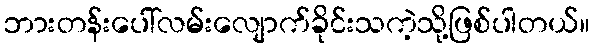
ဘားတန်းပေါ်လမ်းလျောက်ခိုင်းသကဲ့သို့ဖြစ်ပါတယ်။